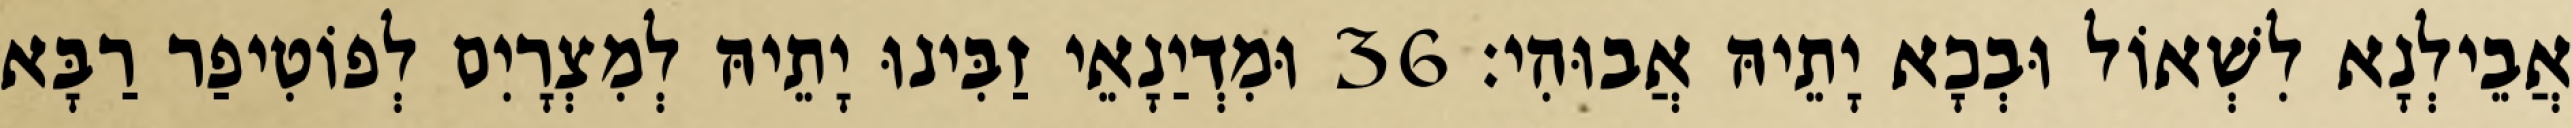
אֲבֵילְנָא לִשְׁאוֹל וּבְכָא יָתֵיהּ אֲבוּהִי׃ 36 וּמִדְיַנָאֵי זַבִּינוּ יָתֵיהּ לְמִצְרָיִם לְפוֹטִיפַר רַבָּא